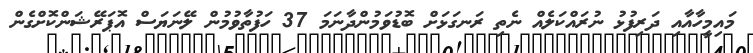
މައިމީހާއާއި ދަރިފުޅު ނުރައްކަލެއް ނެތި ރަނގަޅަށް ބޮޑުވަމުންދާނަމަ 37 ހަފުތާވުމުން ލޭނަޔަސް އޮޕަރޭޝަންކޮށްގެން